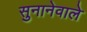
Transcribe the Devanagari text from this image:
सुनानेवाले